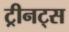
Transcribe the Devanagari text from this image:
ट्रीनट्स